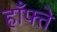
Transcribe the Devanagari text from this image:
हाँफ्ते